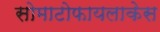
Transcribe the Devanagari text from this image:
सोमाटोफायलाकेस